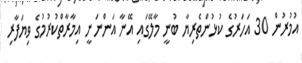
އުމުރުން 30 އަހަރުގެ ކުޅުންތެރިޔާ ބުނީ މާލޭގައި އޭނާ އަންނަނީ އިމާރާތްކުރުމުގެ ވިޔަފާރި